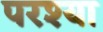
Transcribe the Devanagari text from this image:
परश्‍या